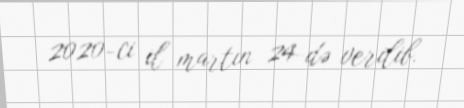
2020-ci il martın 24-də verilib.